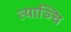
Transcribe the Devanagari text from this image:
त्याञ्चि